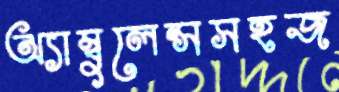
অ্যাম্বুলেন্সসহজ